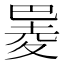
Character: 𪩮